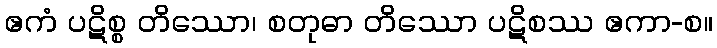
ဧကံ ပဋိစ္စ တိဿော၊ စတုဓာ တိဿော ပဋိစဿ ဧကာ-စ။